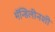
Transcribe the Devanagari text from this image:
मॅन्डिलीनशी